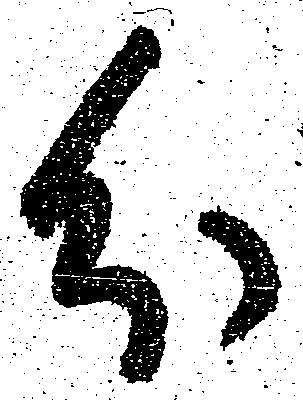
分